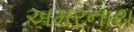
અમરનાથ